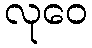
လုဝေ